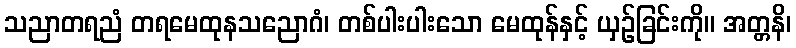
သညာတရညံ တရမေထုနသညောဂံ၊ တစ်ပါးပါးသော မေထုန်နှင့် ယှဉ်ခြင်းကို။ အတ္တနိ၊